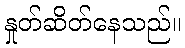
နှုတ်ဆိတ်နေသည်။